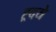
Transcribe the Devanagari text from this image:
ह्र्दये